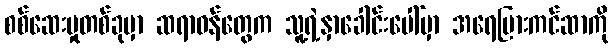
စစ်ဆေးမှုတစ်ခုမှာ ဆရာဝန်တွေက သူ့ရဲ့နှာခေါင်းပေါ်မှာ အရေပြားကင်ဆာကို